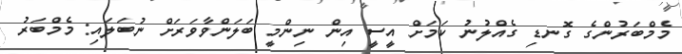
މެމްބަރުންގެ ގޮނޑި ގެއްލުނު ކަމަށް އީސީ އިން ނިންމީ ބަލަންވާވަރަށް ނުބަލައި: މެމްބަރު